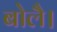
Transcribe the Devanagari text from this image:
बोलै।